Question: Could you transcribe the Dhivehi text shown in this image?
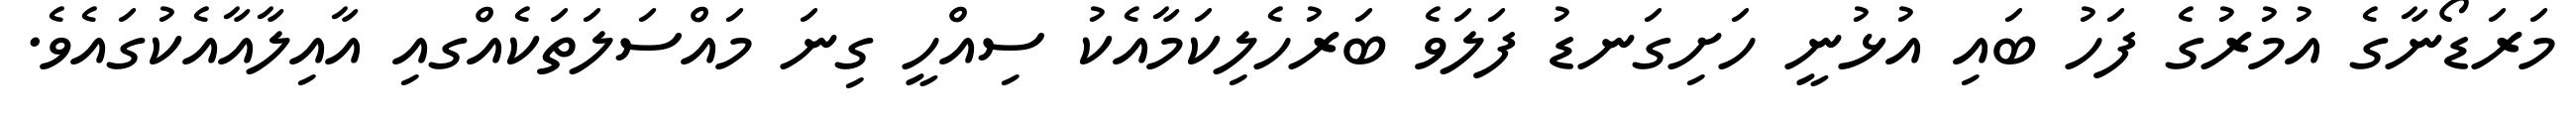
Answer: މަރަޑޯނާގެ އުމުރުގެ ފަހު ބައި އުޅުނީ ހަށިގަނޑު ފަލަވެ ބަރުހެލިކަމާއެކު ސިއްހީ ގިނަ މައްސަލަތަކެއްގއި އާއިލާއާއެކުގައެވެ.